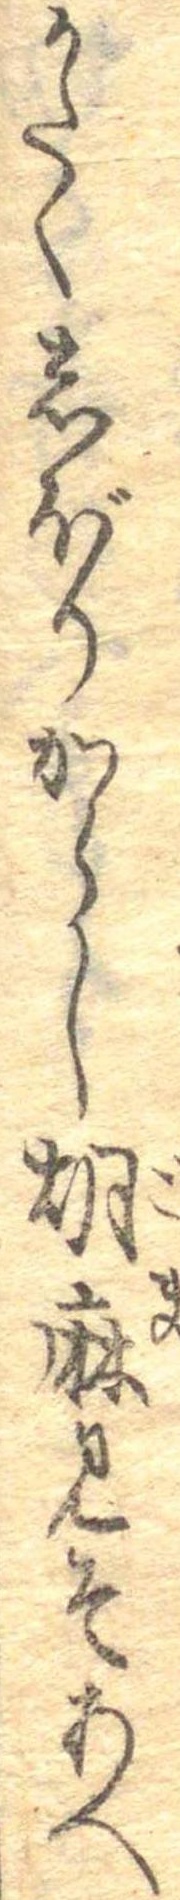
かたくしぼりからし胡麻みそあへ